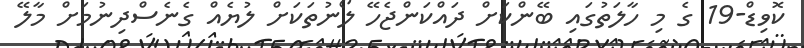
ކޮވިޑް-19 ގެ މި ހާލަތުގައި ބޭންކަށް ދައްކަންޖެހޭ ލޯނުތަކަށް ލުޔެއް ގެނެސްދިނުމަށް މާލޭ